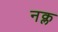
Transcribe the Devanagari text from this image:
नक्ल